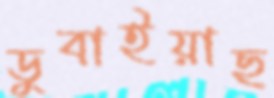
ডুবাইয়াছ